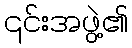
၎င်းအဖွဲ့၏